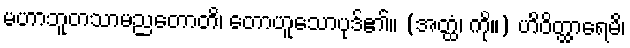
မဟာဘူတသာမညတောတိ၊ တောဟူသောပုဒ်၏။ (အတ္ထံ၊ ကို။) ဟိဝိတ္ထာရေမိ၊